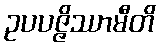
ဥပပဇ္ဇိဿာမီတိ